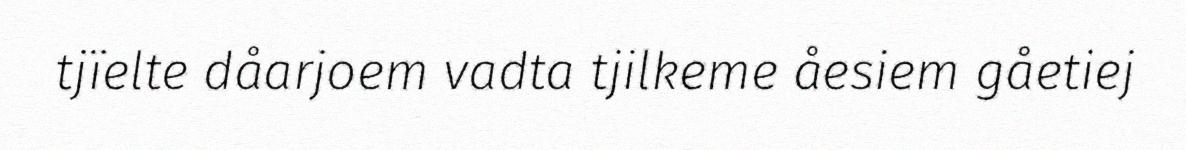
tjïelte dåarjoem vadta tjilkeme åesiem gåetiej